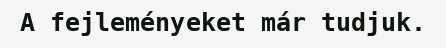
A fejleményeket már tudjuk.